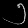
Digit: ၅